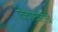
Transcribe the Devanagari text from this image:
विचारवंतांचे